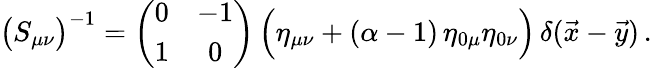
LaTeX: \bigl(S_{\mu\nu}\bigr)^{-1}=\left(\begin{array}{cc}{{0}}&{{-1}}\\ {{1}}&{{0}}\end{array}\right)\, \Bigl(\eta_{\mu\nu}+(\alpha-1)\, \eta_{0\mu}\eta_{0\nu}\Bigr)\, \delta(\vec{x}-\vec{y})\, .